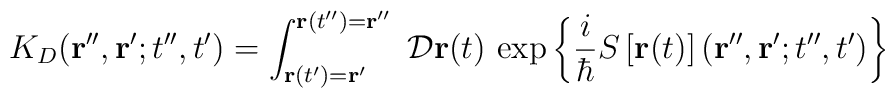
K_{D}({\bf r}'', {\bf r}' ; t'',t') = \int_{  {\bf r} (t')  = {\bf r}'  }^{  {\bf r} (t'')  = {\bf r}'' } \;  {\cal D} {\bf r} (t) \,\exp \left\{ \frac{i}{\hbar} S \left[ {\bf r}(t)  \right]  ({\bf r}'', {\bf r}' ; t'',t')  \right\}\;